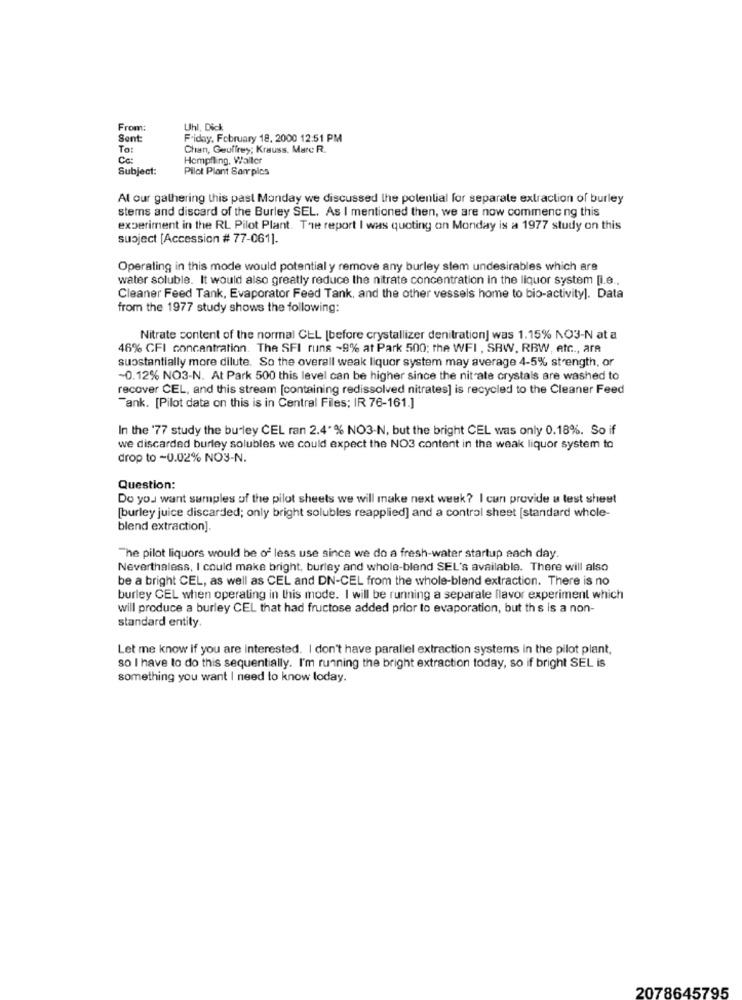
From:
Uhl, Dick
Sent:
Friday, February 18, 2000 12:51 PM
To:
Chan, Geoffrey; Krauss. Marc R.
Hempfling, Waller
Subject:
Pilot Plant Sarplos
Al our gathering this past Monday we discussed the potential for separate extraction of burley
stems and discard of the Burley SEL. As I mentioned then, we are now commenc ng this
experiment in the RL Pilot Plant. The report I was quoting on Monday is a 1977 study on this
subject [Accession # 77-061].
Operating in this mode would potential y remove any burley slem undesirables which are
water soluble. It would also greatly reduce the nitrate concentration in the liquor system [i.e ..
Cleaner Feed Tank, Evaporator Feed Tank, and the other vessels home to bio-activity]. Data
from the 1977 study shows the following:
Nitrate content of the normal CEL [before crystallizer denitration] was 1.15% NO3-N at a
46% CFI concentration. The SFI runs ~9% at Park 500; the WFI , SBW, RBW, etc ., ara
substantially more dilute. So the overall weak liquor system may average 4-5% strength, or
-0.12% NO3-N. At Park 500 this level can be higher since the nitrate crystals are washed to
recover CEL, and this stream [containing redissolved nitrates] is recycled to the Cleaner Feed
Tank. [Pilot data on this is in Central Files; IR 76-161.]
In the '77 study the burley CEL ran 2.4% NO3-N, but the bright CEL was only 0.18%. So if
we discarded burley solubles we could expect the NO3 content in the weak liquor system to
drop to -0.02% NO3-N.
Question:
Do you want samples of the pilot sheets we will make next week? I can provide a test sheet
[burley juice discarded; only bright solubles reapplied] and a control sheet [standard whole-
blend extraction].
The pilot liquors would be of less use since we do a fresh-water startup each day.
Nevertheless, I could make bright, burley and whola-blend SEL's available. There will also
be a bright CEL, as well as CEL and DN-CEL from the whole-blend extraction. There is no
burley CEL when operating in this mode. I will be running a separate flavor experiment which
will produce a burley CEL that had fructose added prior to evaporation, but this is a non-
standard entity.
Let me know if you are interested. I don't have parallel extraction systems in the pilot plant,
so I have to do this sequentially. I'm running the bright extraction today, so if bright SEL is
something you want I need to know loday.
2078645795